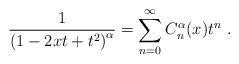
LaTeX: \begin{align*}\frac{1}{\left(1-2xt+t^2\right)^\alpha}=\sum_{n=0}^\infty C_n^\alpha(x)t^n\ .\end{align*}